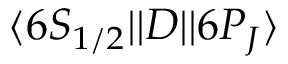
\ensuremath { \langle 6 S _ { 1 / 2 } | | } D \ensuremath { | | 6 P _ { J } \rangle }